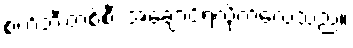
စက်ဘီးတစ်စီး အချောင်ရလိုက်လေသည်။